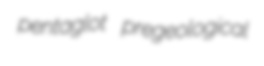
pentaglot pregeological